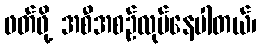
ဖတ်ဖို့ အစီအစဉ်လုပ်နေပါတယ်၊